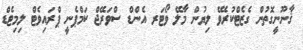
ޤާނޫނީގޮތުން ގެޒެޓްކުރެވޭ ލިޔުން މާލޭ ވޯޓަރ އެންޑް ސްވަރޭޖް ކަމްޕެނީ ޕްރައިވެޓް ލިމިޓެޑް